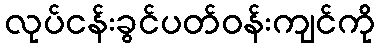
လုပ်ငန်းခွင်ပတ်ဝန်းကျင်ကို